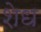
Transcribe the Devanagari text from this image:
शेध